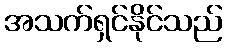
အသက်ရှင်နိုင်သည်